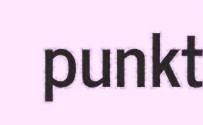
punkt